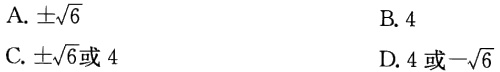
A. $\pm\sqrt{6}$

B. $4$

C. $\pm\sqrt{6}\text{或}4$

D. $4\text{或}-\sqrt{6}$